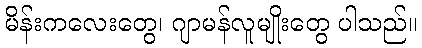
မိန်းကလေးတွေ၊ ဂျာမန်လူမျိုးတွေ ပါသည်။